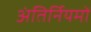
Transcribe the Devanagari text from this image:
अंतिर्नियमों